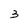
Character: 3